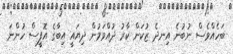
ބަހެއްވެސް ނުބުނެ އިނދެ ޒުކަން ކާރު ދުއްވަމުން ދިޔައީ އިބާގެ އޮފީސް ހުންނަ